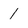
Character: 1